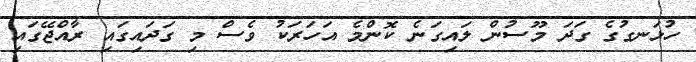
ހުޅަނގުގެ ގަދަ މޫސުން ލައިގަނެ ކޮންމެ އަހަރަކު ވެސް މި ގަދައިގައި ރާއްޖޭގައި